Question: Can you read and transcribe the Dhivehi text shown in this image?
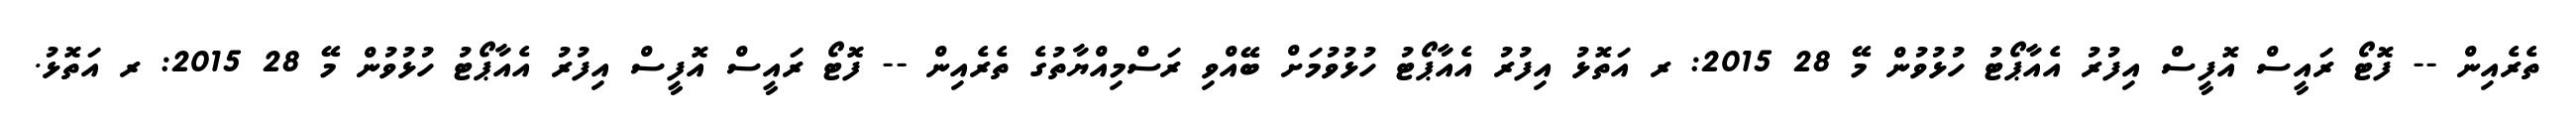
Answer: ތެރެއިން -- ފޮޓޯ ރައީސް އޮފީސް އިފުރު އެއާޕޯޓު ހުޅުވުން މޭ 28 2015: ރ އަތޮޅު އިފުރު އެއާޕޯޓު ހުޅުވުމަށް ބޭއްވި ރަސްމިއްޔާތުގެ ތެރެއިން -- ފޮޓޯ ރައީސް އޮފީސް އިފުރު އެއާޕޯޓު ހުޅުވުން މޭ 28 2015: ރ އަތޮޅު.